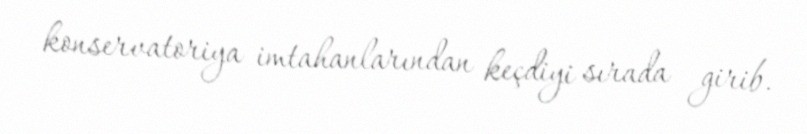
konservatoriya imtahanlarından keçdiyi sırada girib.